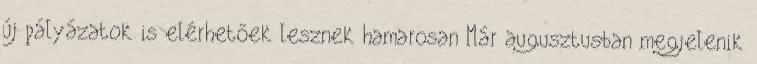
új pályázatok is elérhetőek lesznek hamarosan Már augusztusban megjelenik